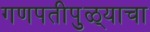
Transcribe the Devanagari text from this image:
गणपतीपुळ्याचा